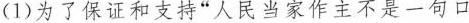
(1)为了保证和支持”人民当家作主不是一句口